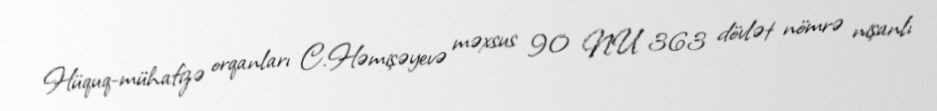
Hüquq-mühafizə orqanları C.Həmişəyevə məxsus 90 NU 363 dövlət nömrə nişanlı